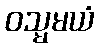
ဝသ္မမယံ